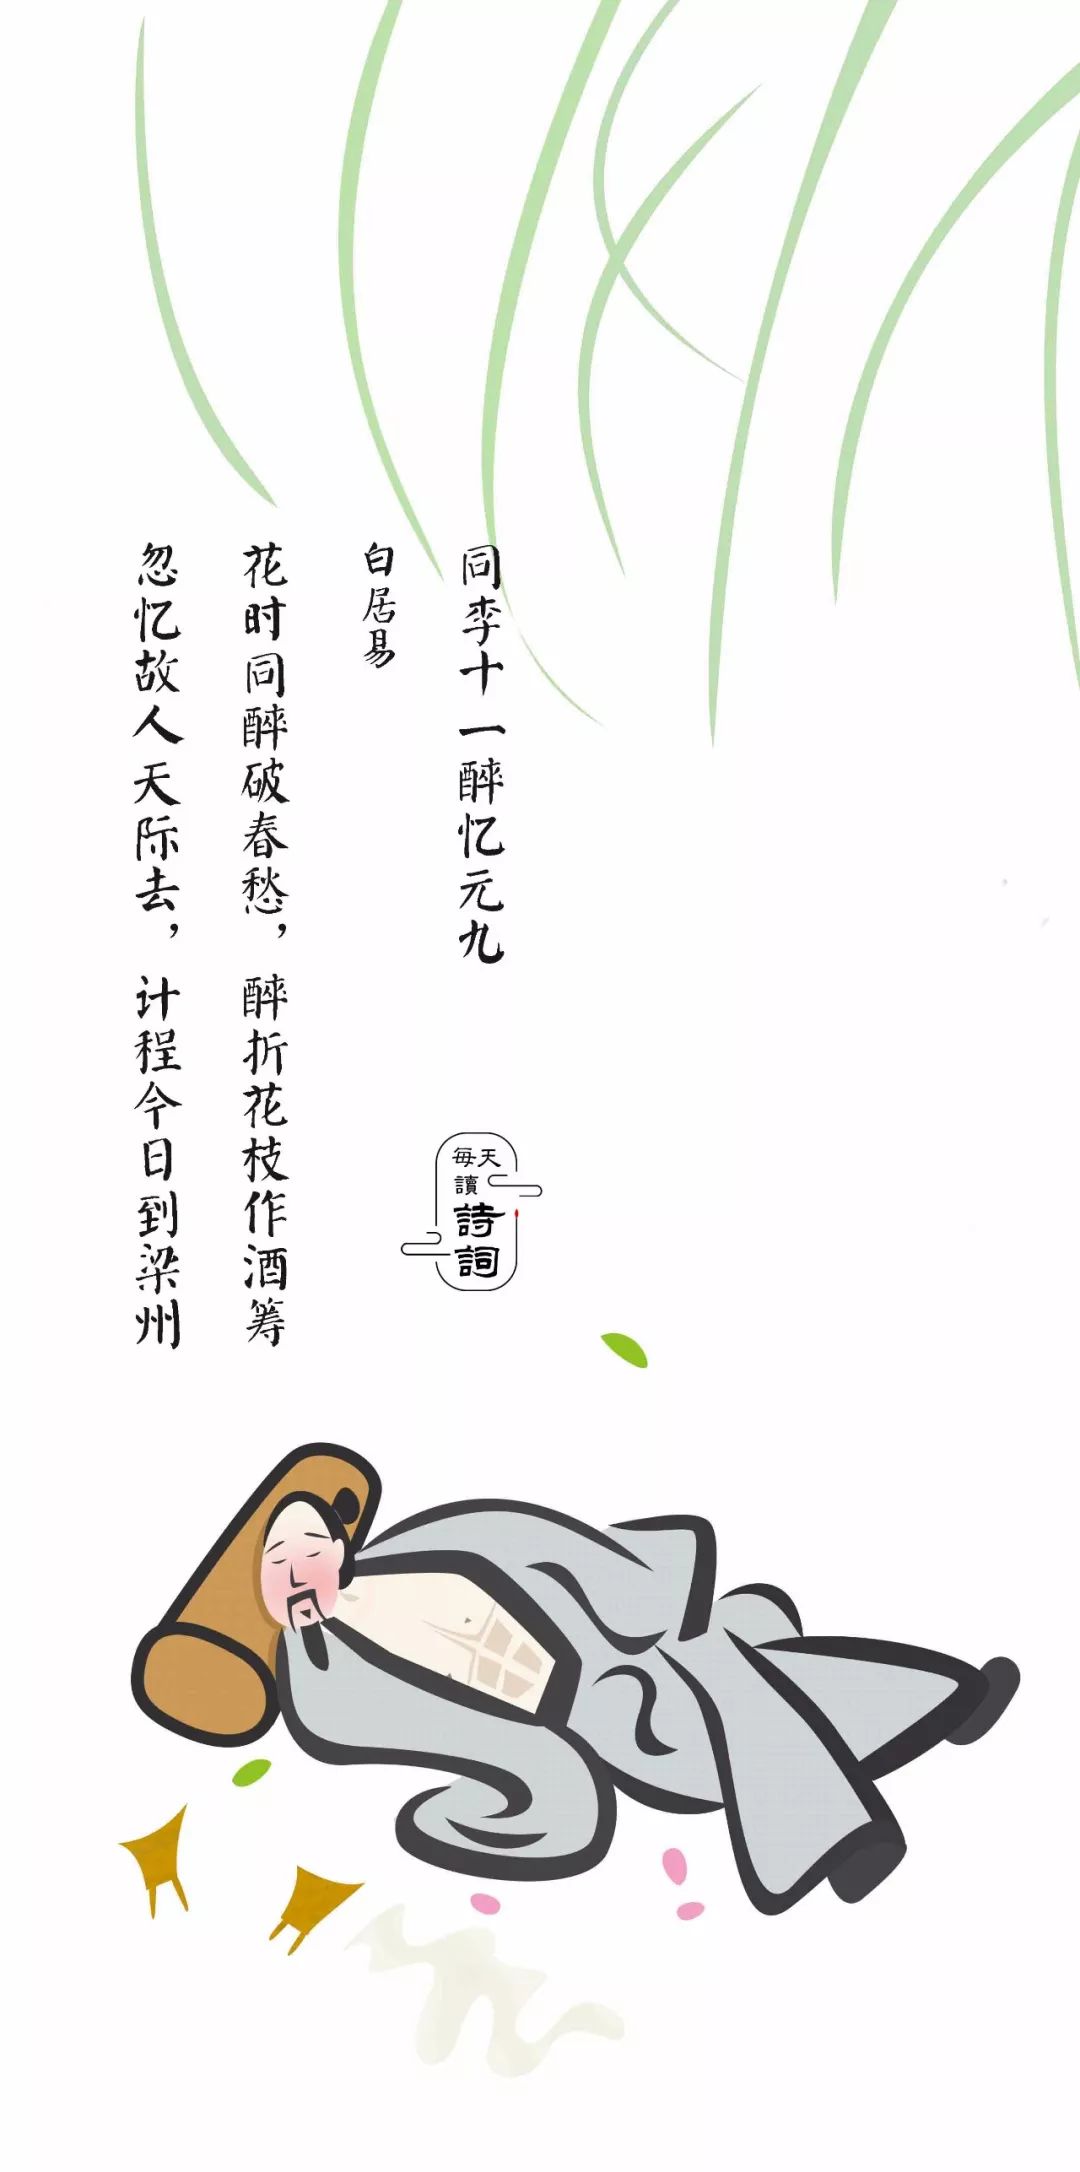
花时同醉破春愁，醉折花枝作酒筹。